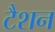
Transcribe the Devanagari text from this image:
टैशन